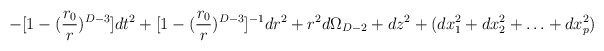
\begin{align*}-[1-({r_0\over r})^{D-3}] dt^2 + [1-({r_0\over r})^{D-3}]^{-1} dr^2+ r^2 d\Omega_{D-2} + dz^2 + (dx_1^2 + dx_2^2 +\ldots + dx_p^2)\end{align*}